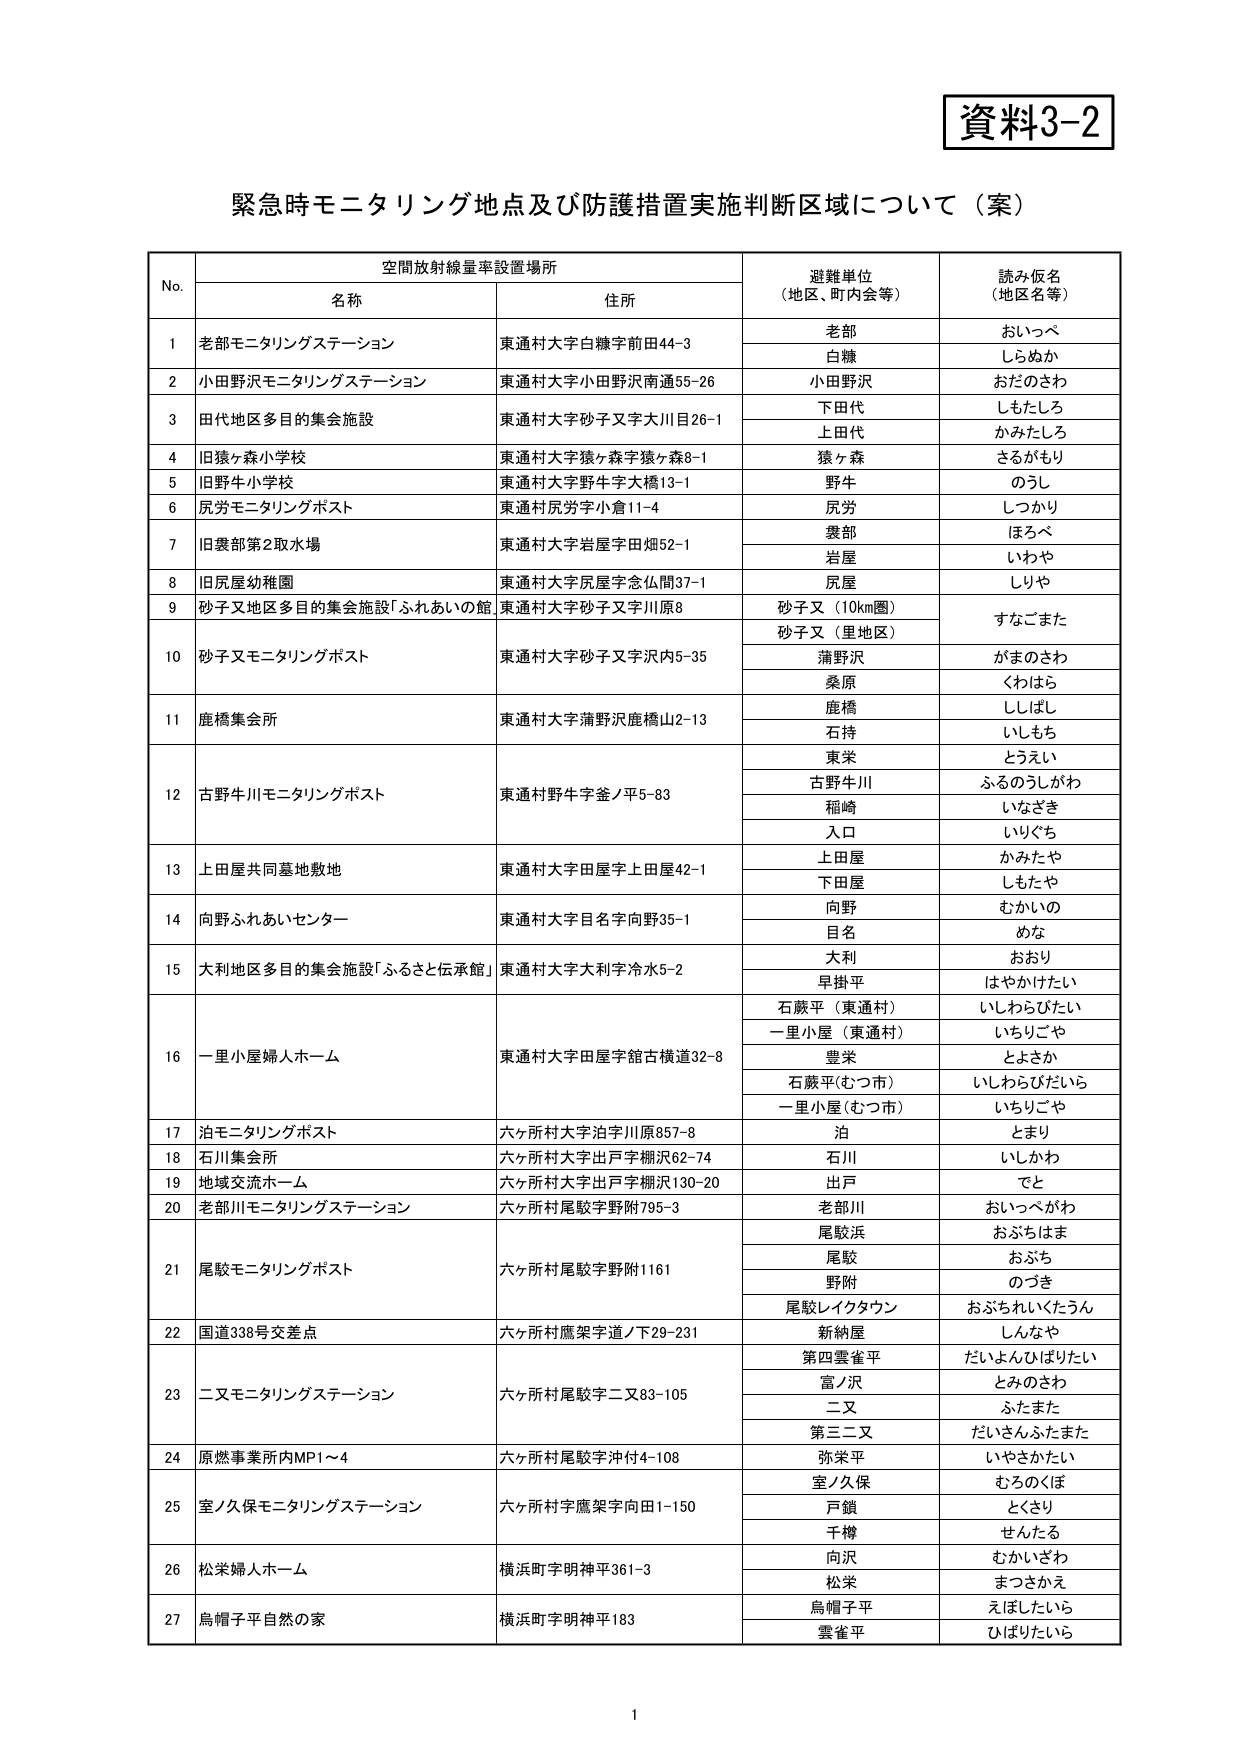
資料3-2

緊急時モニタリング地点及び防護措置実施判断区域について（案）

No. 空間放射線量率設置場所 避難単位（地区、町内会等） 読み仮名（地区名等）
　　名称 住所

1 老部モニタリングステーション 東通村大字白糠字前田44-3 老部 おいっぺ
　　白糠 しらぬか

2 小田野沢モニタリングステーション 東通村大字小田野沢南通55-26 小田野沢 おだのさわ

3 田代地区多目的集会施設 東通村大字砂子又字大川目26-1 下田代 しもたしろ
　　上田代 かみたしろ

4 旧猿ヶ森小学校 東通村大字猿ヶ森字猿ヶ森8-1 猿ヶ森 さるがもり

5 旧野牛小学校 東通村大字野牛字大橋13-1 野牛 のうし

6 尻労モニタリングポスト 東通村尻労字小倉11-4 尻労 しっかり

7 旧蓑部第2取水場 東通村大字岩屋字田畑52-1 蓑部 ほろべ
　　岩屋 いわや

8 旧尻屋幼稚園 東通村大字尻屋字念仏間37-1 尻屋 しりや

9 砂子又地区多目的集会施設「ふれあいの館」 東通村大字砂子又字川原8 砂子又（10km圏） すなごまた
　　砂子又（里地区）

10 砂子又モニタリングポスト 東通村大字砂子又字沢内5-35 蒲野沢 がまのさわ
　　桑原 くわはら

11 鹿橋集会所 東通村大字蒲野沢鹿橋山2-13 鹿橋 ししまし
　　石持 いしもち

12 古野牛川モニタリングポスト 東通村野牛字釜ノ平5-83 東栄 とうえい
　　古野牛川 ふるのうしがわ
　　稲崎 いなざき
　　入口 いりぐち

13 上田屋共同墓地敷地 東通村大字田屋字上田屋42-1 上田屋 かみたや
　　下田屋 しもたや

14 向野ふれあいセンター 東通村大字目名字向野35-1 向野 むかいの
　　目名 めな

15 大利地区多目的集会施設「ふるさと伝承館」 東通村大字大利字冷水5-2 大利 おおり
　　早掛平 はやかけたい

16 一里小屋婦人ホーム 東通村大字田屋字館古横道32-8 石蕨平（東通村） いしわらびたい
　　一里小屋（東通村） いちりごや
　　豊栄 とよさか
　　石蕨平(むつ市) いしわらびだいら
　　一里小屋(むつ市) いちりごや

17 泊モニタリングポスト 六ヶ所村大字泊字川原857-8 泊 とまり

18 石川集会所 六ヶ所村大字出戸字棚沢62-74 石川 いしかわ

19 地域交流ホーム 六ヶ所村大字出戸字棚沢130-20 出戸 でと

20 老部川モニタリングステーション 六ヶ所村尾駮字野附795-3 老部川 おいっぺがわ

21 尾駮モニタリングポスト 六ヶ所村尾駮字野附1161 尾駮浜 おぶちはま
　　尾駮 おぶち
　　野附 のづき
　　尾駮レイクタウン おぶちれいくたうん

22 国道338号交差点 六ヶ所村鷹架字道ノ下29-231 新納屋 しんなや

23 二又モニタリングステーション 六ヶ所村尾駮字二又83-105 第四雲雀平 だいよんひばりたい
　　富ノ沢 とみのさわ
　　二又 ふたまた
　　第三二又 だいさんふたまた

24 原燃事業所内MP1～4 六ヶ所村尾駮字沖付4-108 弥栄平 いやさかたい

25 室ノ久保モニタリングステーション 六ヶ所村字鷹架字向田1-150 室ノ久保 むろのくぼ
　　戸鎖 とくさり
　　千樽 せんたる

26 松栄婦人ホーム 横浜町字明神平361-3 向沢 むかいざわ
　　松栄 まつかえ

27 鳥帽子平自然の家 横浜町字明神平183 鳥帽子平 えばしたいら
　　雲雀平 ひばりたいら

1